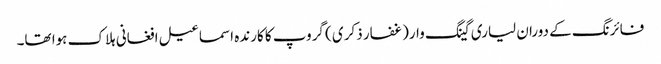
فائرنگ کے دوران لیاری گینگ وار(غفار ذکری ) گروپ کا کارندہ اسماعیل افغانی ہلاک ہوا تھا۔